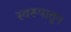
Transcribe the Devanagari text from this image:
स्वरूपातून